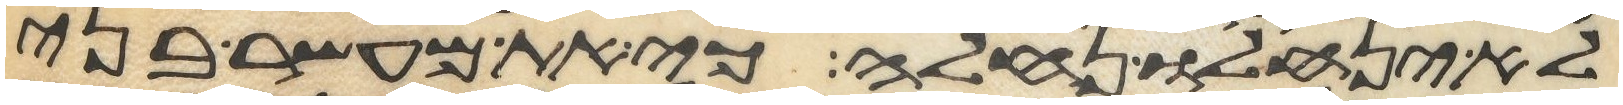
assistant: לא ינחלו נחלה כי את מעשר בני